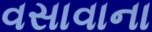
વસાવાના